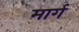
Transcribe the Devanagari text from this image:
मार्ग